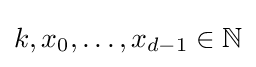
k,x_{0},\dots ,x_{d-1}\in \mathbb {N}